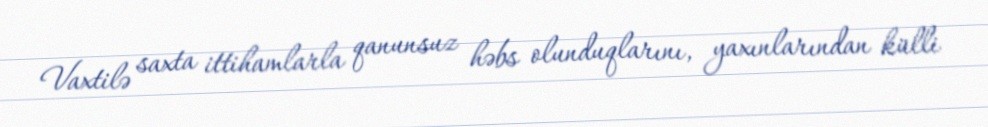
Vaxtilə saxta ittihamlarla qanunsuz həbs olunduqlarını, yaxınlarından külli